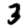
Digit: 3